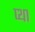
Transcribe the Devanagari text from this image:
प्था